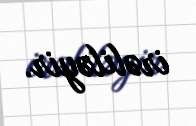
irəliləyir.